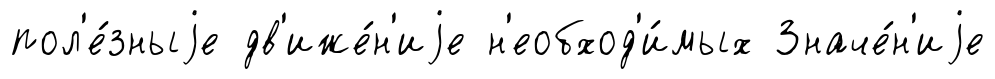
пол'е́зныjе дв'иже́н'иjе н'еобход'и́мых Значе́н'иjе